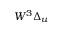
W ^ { 3 } \Delta _ { u }